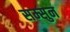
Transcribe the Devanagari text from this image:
सम्सुन